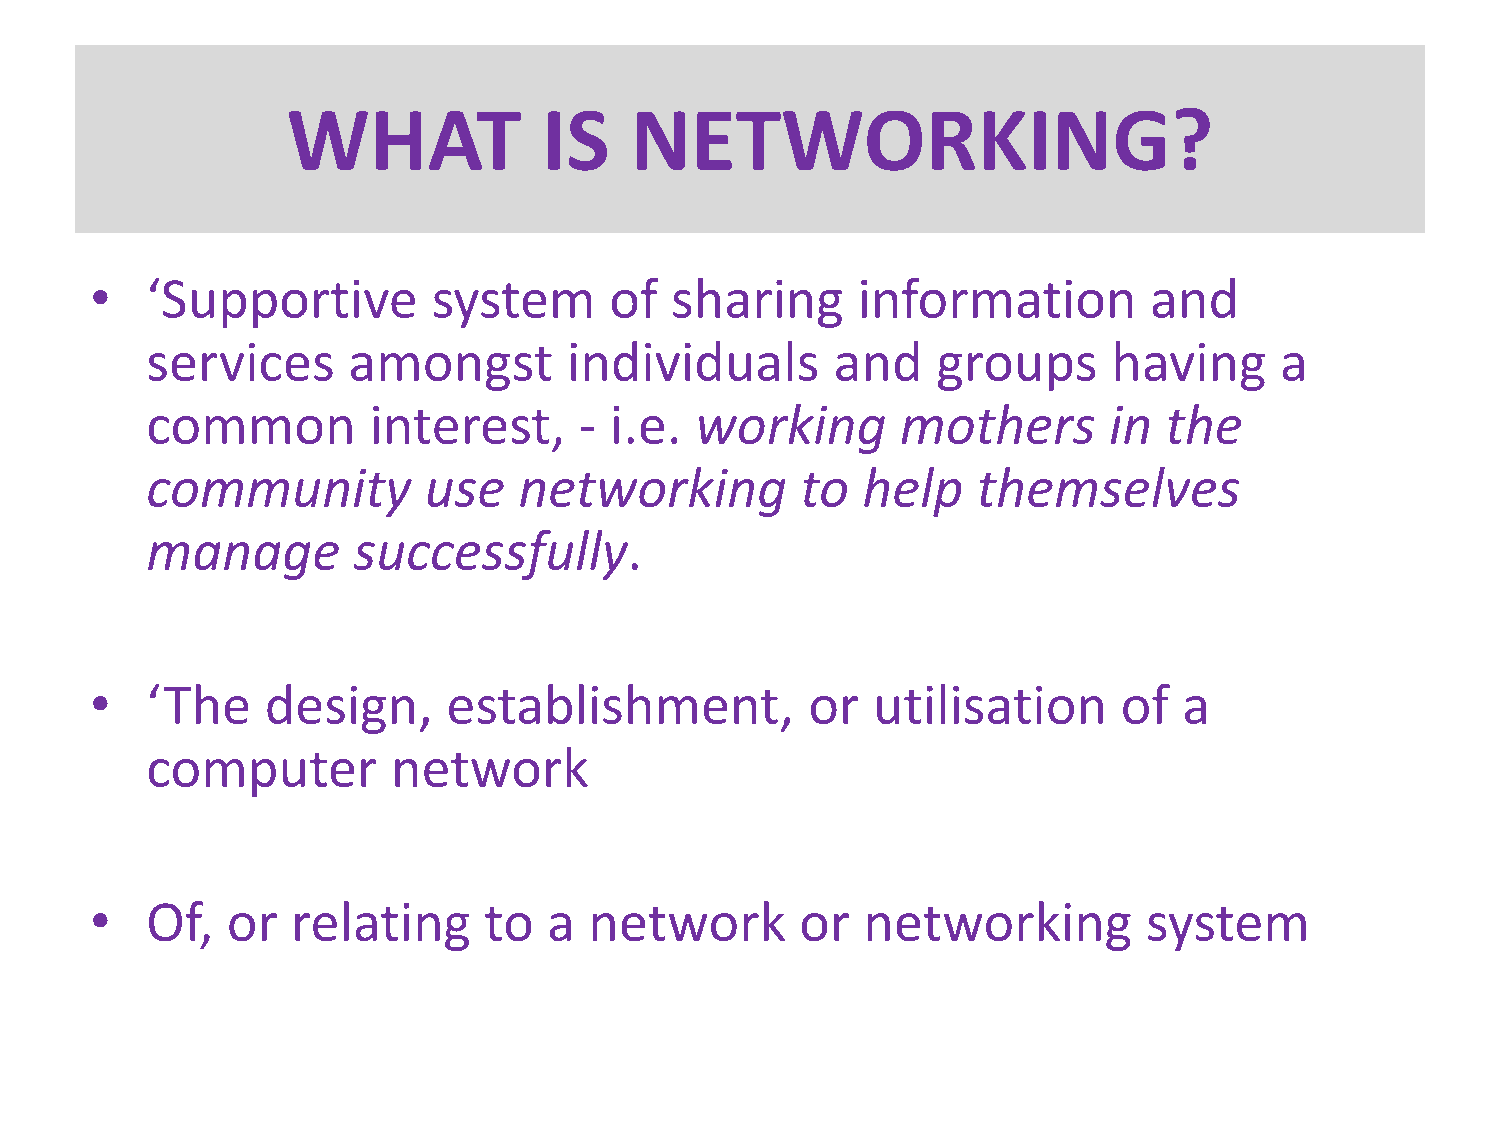
WHAT             IS    NETWORKING?
 •   ‘Supportive        system     of  sharing      information        and
 services     amongst        individuals      and    groups      having     a
 common        interest,     - i.e.  working       mothers      in  the
 community         use   networking         to  help    themselves
 manage       successfully.
 •   ‘The    design,     establishment,          or  utilisation     of  a
 computer        network
 •   Of,  or  relating     to  a  network       or  networking         system